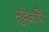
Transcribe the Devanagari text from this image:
नेट्वर्कींग